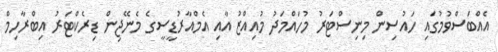
އެއްބަސްވުމުގައި ހައުސިން މިނިސްޓަރު މުހައްމަދު މުއިއްޒު އާއި އެމްއާރުޑީސީގެ މެނޭޖިން ޑިރެކްޓަރު އިބްރާހިމް